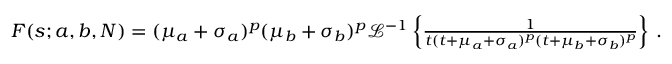
\begin{array} { r } { F ( s ; a , b , N ) = ( \mu _ { a } + \sigma _ { a } ) ^ { p } ( \mu _ { b } + \sigma _ { b } ) ^ { p } \mathcal { L } ^ { - 1 } \left\{ \frac { 1 } { t ( t + \mu _ { a } + \sigma _ { a } ) ^ { p } ( t + \mu _ { b } + \sigma _ { b } ) ^ { p } } \right\} \, . } \end{array}